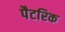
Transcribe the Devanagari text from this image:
पैटरिक